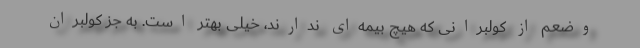
وضعم از کولبرانی که هیچ بیمه‌ای ندارند، خیلی بهتر است. به جز کولبران